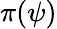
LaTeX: \pi(\psi)